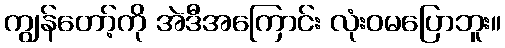
ကျွန်တော့်ကို အဲဒီအကြောင်း လုံးဝမပြောဘူး။